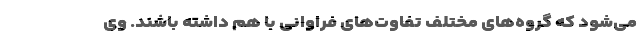
می‌شود که گروه‌های مختلف تفاوت‌های فراوانی با هم داشته باشند. وی